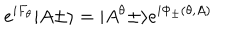
e ^ { i F _ { \theta } } \vert A \pm \rangle = \vert A ^ { \theta } \pm \rangle e ^ { i \Phi _ { \pm } ( \theta , A ) }